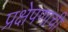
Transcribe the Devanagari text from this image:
प्रक्षेपणाची